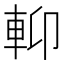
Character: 𨋕